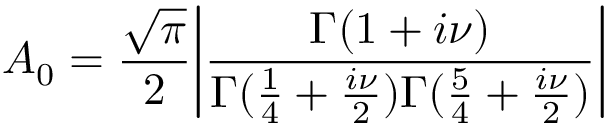
A _ { 0 } = { \frac { \sqrt \pi } { 2 } } \bigg | \frac { \Gamma ( 1 + i \nu ) } { \Gamma ( { \frac { 1 } { 4 } } + { \frac { i \nu } { 2 } } ) \Gamma ( { \frac { 5 } { 4 } } + { \frac { i \nu } { 2 } } ) } \bigg |